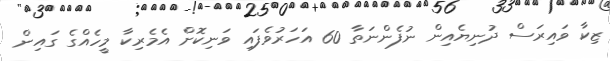
ޒިކާ ވައިރަސް ދުނިޔެއިން ނުފެންނަތާ 60 އަހަރުވެފައި ވަނިކޮށް އެމެރިކާ މީހެއްގެ ގައިން